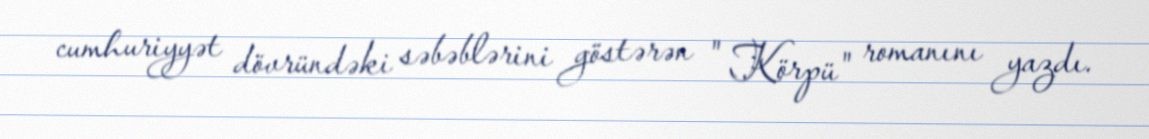
cumhuriyyət dövründəki səbəblərini göstərən " Körpü" romanını yazdı.